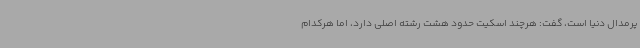
پرمدال دنیا است، گفت: هرچند اسکیت حدود هشت رشته اصلی دارد، اما هرکدام